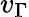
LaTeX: v_{\Gamma}